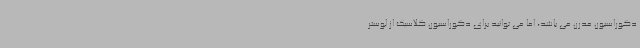
دکوراسیون مدرن می باشد، اما می توانید برای دکوراسیون کلاسیک از لوستر